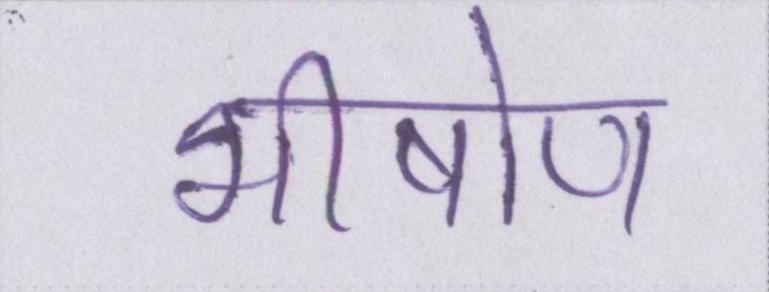
भीषोण